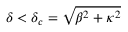
\delta < \delta _ { c } = \sqrt { \beta ^ { 2 } + \kappa ^ { 2 } }